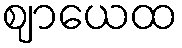
ဈာယေထ